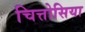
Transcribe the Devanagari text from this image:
चित्तोसिया